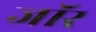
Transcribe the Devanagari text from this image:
जॉर